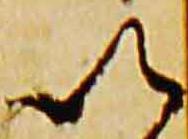
以